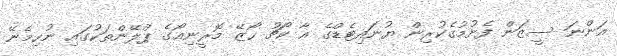
އަންނަ ސީޒަން ފެށުމުގެކުރިން ޔުނައިޓެޑްގެ އާ ކޯޗު ހޯޒޭ މޮރީނިއޯގެ ޕްލޭންތަކުގައި ނުހިމެނޭ